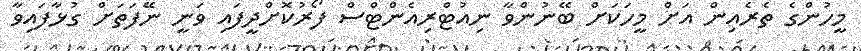
މީހުންގެ ތެރެއިން އަށް މީހަކަށް ބޭނުންވާ ނިއުޓްރިއެންޓްސް ފޯރުކޮށްދީފައި ވަނީ ނޭފަތަށް ގުޅާފައިވާ